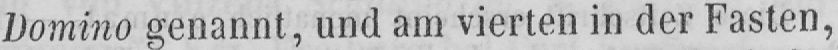
Domino genannt, und am vierten in der Fasten,